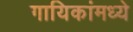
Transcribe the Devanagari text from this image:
गायिकांमध्ये